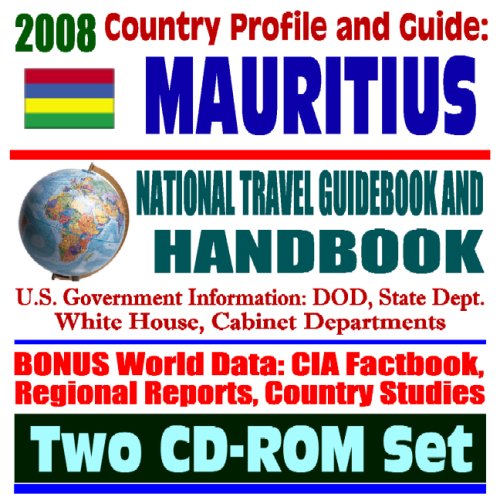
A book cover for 2008 Country Profile and Guide to Mauritius- National Travel Guidebook and Handbook - Diego Garcia, U.S. Navy Support Facility, USAID, Malaria, Agriculture (Two CD-ROM Set); U.S. Government; Travel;